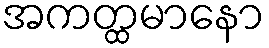
အကတ္ထမာနော